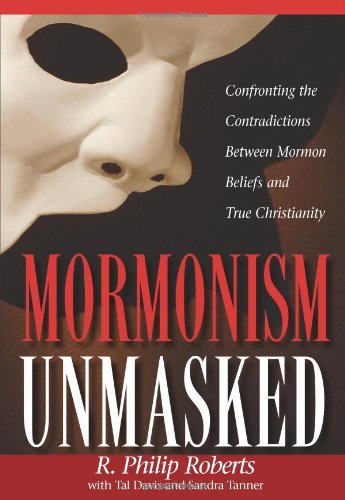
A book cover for Mormonism Unmasked; Phillip Roberts; Religion & Spirituality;